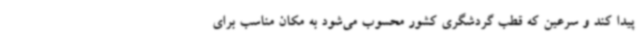
پیدا کند و سرعین که قطب گردشگری کشور محسوب می‌شود به مکان مناسب برای